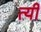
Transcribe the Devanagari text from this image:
त्यी